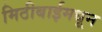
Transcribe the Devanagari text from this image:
मिठीबाईमधून